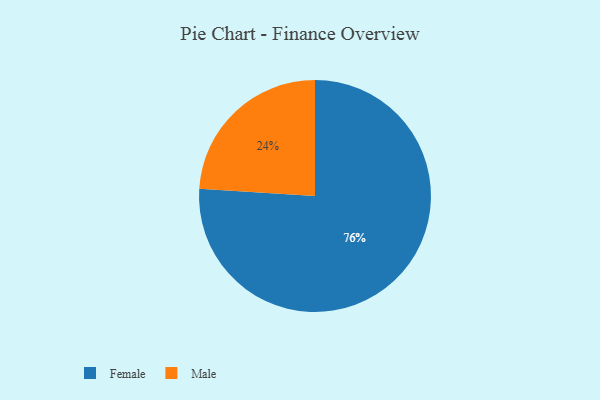
{"axis": {"x": "Category", "y": "Percentage"}, "legend": ["Female", "Male"], "data": [{"x": "Female", "y": 76, "type": "Female"}, {"x": "Male", "y": 24, "type": "Male"}]}